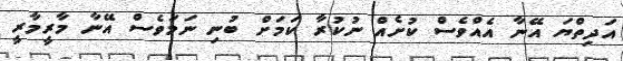
އަދިތްޔަ އޭނާ އެއްވެސް ކުށެއް ނުކުރާ ކަމަށް ބުނި ނަމަވެސް އޭނާ މާރީމާރީ